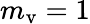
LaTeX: m_{\mathrm{v}}=1